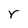
Character: r